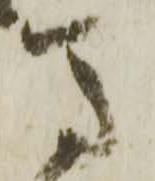
馬